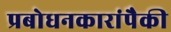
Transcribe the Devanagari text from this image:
प्रबोधनकारांपैकी